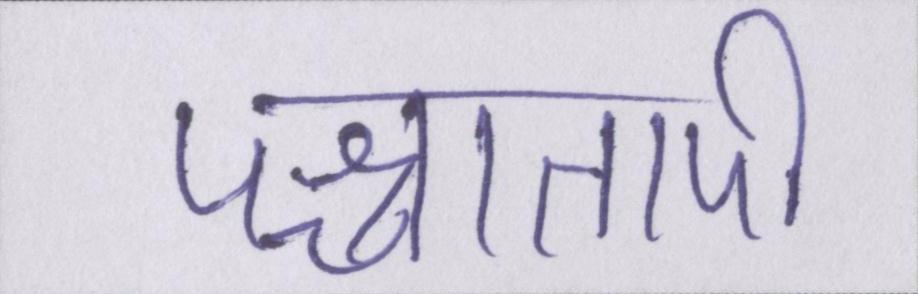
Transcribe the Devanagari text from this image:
पश्चातापी